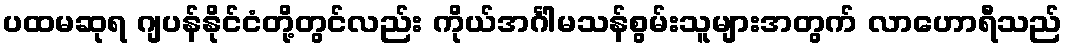
ပထမဆုရ ဂျပန်နိုင်ငံတို့တွင်လည်း ကိုယ်အင်္ဂါမသန်စွမ်းသူများအတွက် လာဟောရီသည်